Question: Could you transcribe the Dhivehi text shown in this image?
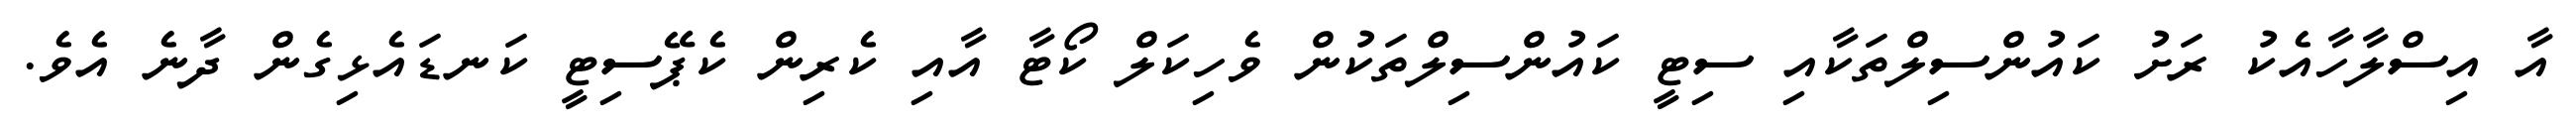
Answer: އާ އިސްލާހާއެކު ރަށު ކައުންސިލްތަކާއި ސިޓީ ކައުންސިލްތަކުން ވެހިކަލް ކޯޓާ އާއި ކެރިން ކެޕޭސިޓީ ކަނޑައެޅިގެން ދާނެ އެވެ.